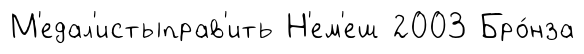
М'едал'истыправ'ить Н'ем'еш 2003 Бро́нза